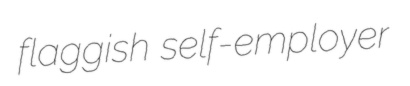
flaggish self-employer